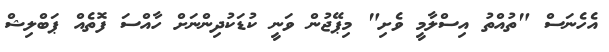
އެހެނަސް "ތުއްތު އިސްލާމީ ވެށި" މިޕޭޖުން ވަނީ ކުޑަކުދިންނަށް ހާއްސަ ފޮތެއް ޕަބްލިޝް